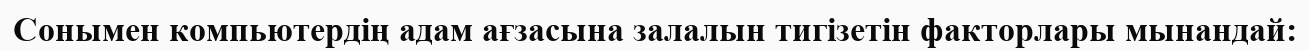
Сонымен компьютердің адам ағзасына залалын тигізетін факторлары мынандай: